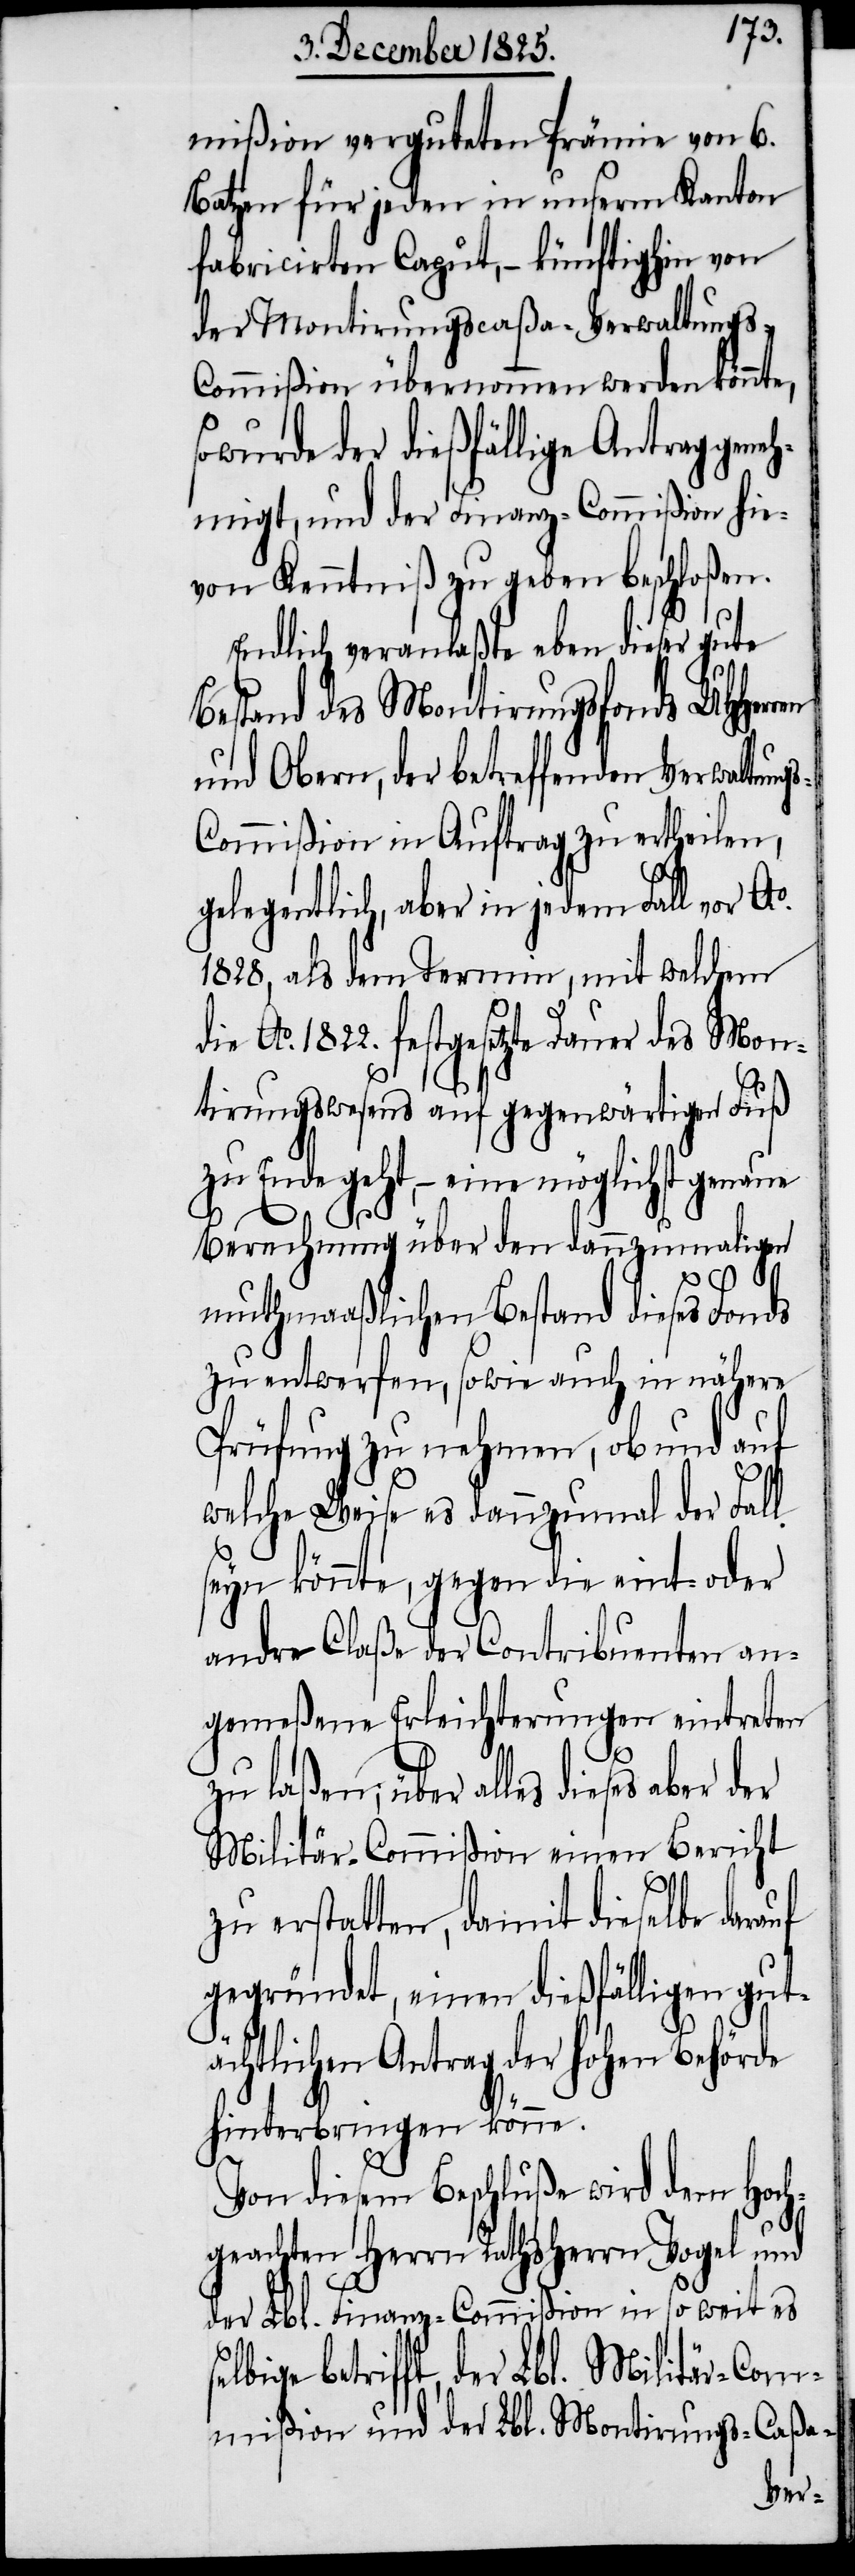
mißion verguteten Prämie von 6.
Batzen für jeden in unserm Kanton
fabricirten Caput, – künftighin von
der Montirungscaßa-Verwaltungs-C¬
ommißion übernommen werden könnte,
wurde der dießfällige Antrag gene¬
hmigt, und der Finanz-Commißion hie¬
von Kenntniß zu geben beschloßen.
Endlich veranlaßte eben dieser gute
Bestand des Montirungsfonds UHHerr¬
und Obern, der betreffenden Verwaltung¬
s-Commißion in Auftrag zu ertheilen,
gelegentlich, aber in jedem Fall vor Ao.
1828, als dem Termin, mit welchem
ie Ao. 1822. festgesetzte Dauer des Mon¬
tirungswesens auf gegenwärtigen Fuß
zu Ende geht, – eine möglichst genaue
Berechnung über den dannzumaligen
muthmaaßlichen Bestand dieses Fonds
zu entwerfen, sowie auch in nähere
Prüfung zu nehmen, ob und auf
welche Weise es dannzumal der Fall
seyn könnte, gegen die eint- oder
andre Claße der Contribuenten an¬
gemeßene Erleichterungen eintreten
s¬
zu laßen, über alles dieses aber
Militär-Commißion einen Bericht
zu erstatten, damit dieselbe darauf
gegründet, einen dießfälligen gut¬
ächtlichen Antrag der hohen Behörde
hinterbringen könne.
Von diesem Beschluße wird dem Hoch¬
geachten Herrn Rathsherrn Vogel und
der Lbl. Finanz-Commißion in so weit es
elbige betrifft, der Lbl. Militär-Com¬
mißion und der Lbl. Montirungs-Caßa-